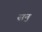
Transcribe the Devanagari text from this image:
सन॒